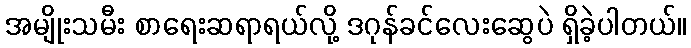
အမျိုးသမီး စာရေးဆရာရယ်လို့ ဒဂုန်ခင်လေးဆွေပဲ ရှိခဲ့ပါတယ်။